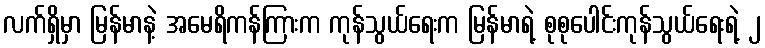
လက်ရှိမှာ မြန်မာနဲ့ အမေရိကန်ကြားက ကုန်သွယ်ရေးက မြန်မာရဲ့ စုစုပေါင်းကုန်သွယ်ရေးရဲ့ ၂